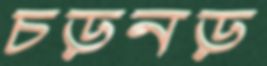
চড়নড়